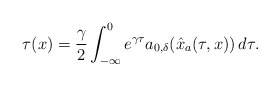
\begin{align*}\tau(x) = \dfrac{\gamma}{2} \int_{-\infty}^0 e^{\gamma\tau} a_{0,\delta}(\hat{x}_a(\tau,x))\,d\tau.\end{align*}